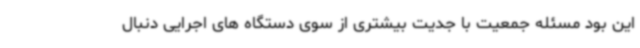
این بود مسئله جمعیت با جدیت بیشتری از سوی دستگاه های اجرایی دنبال